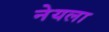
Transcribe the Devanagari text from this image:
नेयला